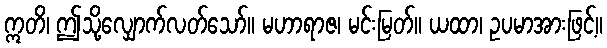
ဣတိ၊ ဤသို့လျှောက်လတ်သော်။ မဟာရာဇ၊ မင်းမြတ်။ ယထာ၊ ဥပမာအားဖြင့်။